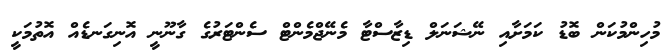
މުހިންމުކަން ބޮޑު ކަމަށާއި ނޭޝަނަލް ޑިޒާސްޓާ މެނޭޖްމެންޓް ސެންޓަރުގެ ގާނޫނީ އޮނިގަނޑެއް އޮތުމަކީ